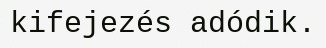
kifejezés adódik.